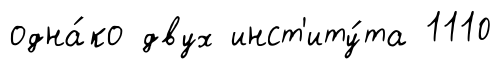
одна́ко двух инст'иту́та 1110